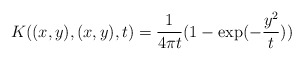
\begin{align*}K((x,y),(x,y),t) = {1\over{4\pi t}}(1-\exp(-{{y^2}\over t }))\end{align*}